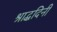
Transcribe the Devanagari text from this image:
श्राद्धदिनी